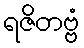
ရဇိတဗ္ဗံ